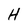
Character: H